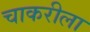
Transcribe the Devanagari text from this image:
चाकरीला